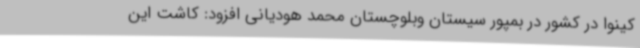
کینوا در کشور در بمپور سیستان وبلوچستان محمد هودیانی افزود: کاشت این